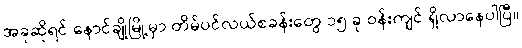
အခုဆိုရင် နောင်ချိုမြို့မှာ တိမ်ပင်လယ်စခန်းတွေ ၁၅ ခု ဝန်းကျင် ရှိလာနေပါပြီ။